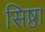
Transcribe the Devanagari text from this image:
सिष्ठा